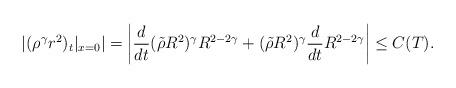
LaTeX: \begin{align*}|(\rho^\gamma r^2)_t|_{x=0}|=\left|\frac{d}{dt}(\tilde{\rho}R^2)^\gamma R^{2-2\gamma}+(\tilde{\rho}R^2)^\gamma\frac{d}{dt}R^{2-2\gamma}\right|\leq C(T).\end{align*}